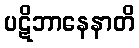
ပဋိဘာနေနာတိ